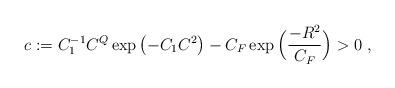
LaTeX: \begin{align*}c := C_1^{-1} C^{Q}\exp\left( -C_1 C^2 \right) - C_F \exp\Big( \frac{-R^2}{C_F} \Big) > 0\;,\end{align*}